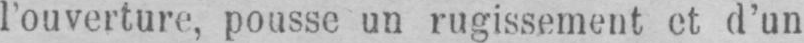
l’ouverture, pousse un rugissement et d’un